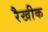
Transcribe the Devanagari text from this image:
रैखीक